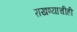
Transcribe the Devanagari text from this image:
राखण्याचीही